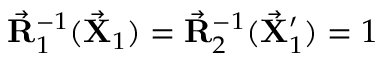
\vec { \bf R } _ { 1 } ^ { - 1 } ( \vec { \bf X } _ { 1 } ) = \vec { \bf R } _ { 2 } ^ { - 1 } ( \vec { \bf X } _ { 1 } ^ { \prime } ) = 1